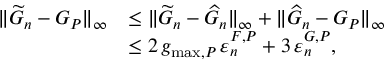
\begin{array} { r l } { \| \widetilde { G } _ { n } - G _ { P } \| _ { \infty } } & { \leq \| \widetilde { G } _ { n } - \widehat { G } _ { n } \| _ { \infty } + \| \widehat { G } _ { n } - G _ { P } \| _ { \infty } } \\ & { \leq 2 \, g _ { \operatorname* { m a x } , P } \, \varepsilon _ { n } ^ { F , P } + 3 \, \varepsilon _ { n } ^ { G , P } , } \end{array}